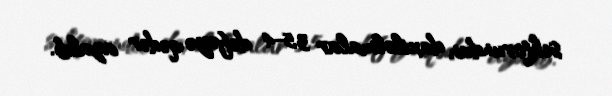
sektorundan daxilolmalar 3,5-4 dəfəyə qədər azalıb.